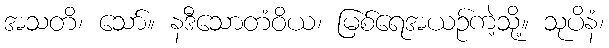
အသတိ၊ သော်။ နဒီသောတံဝိယ၊ မြစ်ရေအယဉ်ကဲ့သို့။ သုပိနံ၊